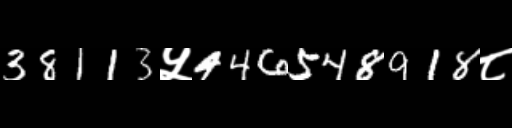
Text: 38113५446548918८